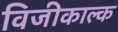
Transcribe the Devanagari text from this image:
विजीकाल्क